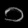
Digit: ၁